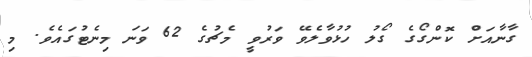
ގާނާއަށް ކޮންގޯގެ ގޯލު ހުޅުވާލެވޭ ވަރުވީ މެޗުގެ 62 ވަނަ މިނެޓުގައެވެ. މި